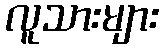
လူသားများ